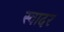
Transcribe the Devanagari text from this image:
स्वादर